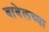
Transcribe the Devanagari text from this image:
बाबेलच्या